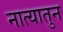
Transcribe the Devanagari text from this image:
नात्यातुन